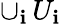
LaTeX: \cup_{\mathbf{i}}\, U_{\mathbf{i}}